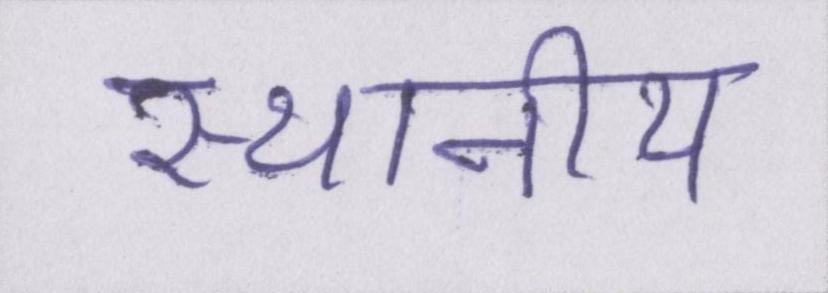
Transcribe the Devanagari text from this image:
स्थानीय